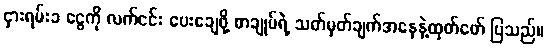
ငှားရမ်းခ ငွေကို လက်ငင်း ပေးချေဖို့ စာချုပ်ရဲ့ သတ်မှတ်ချက်အနေနဲ့ထုတ်ဖော် ပြသည်။